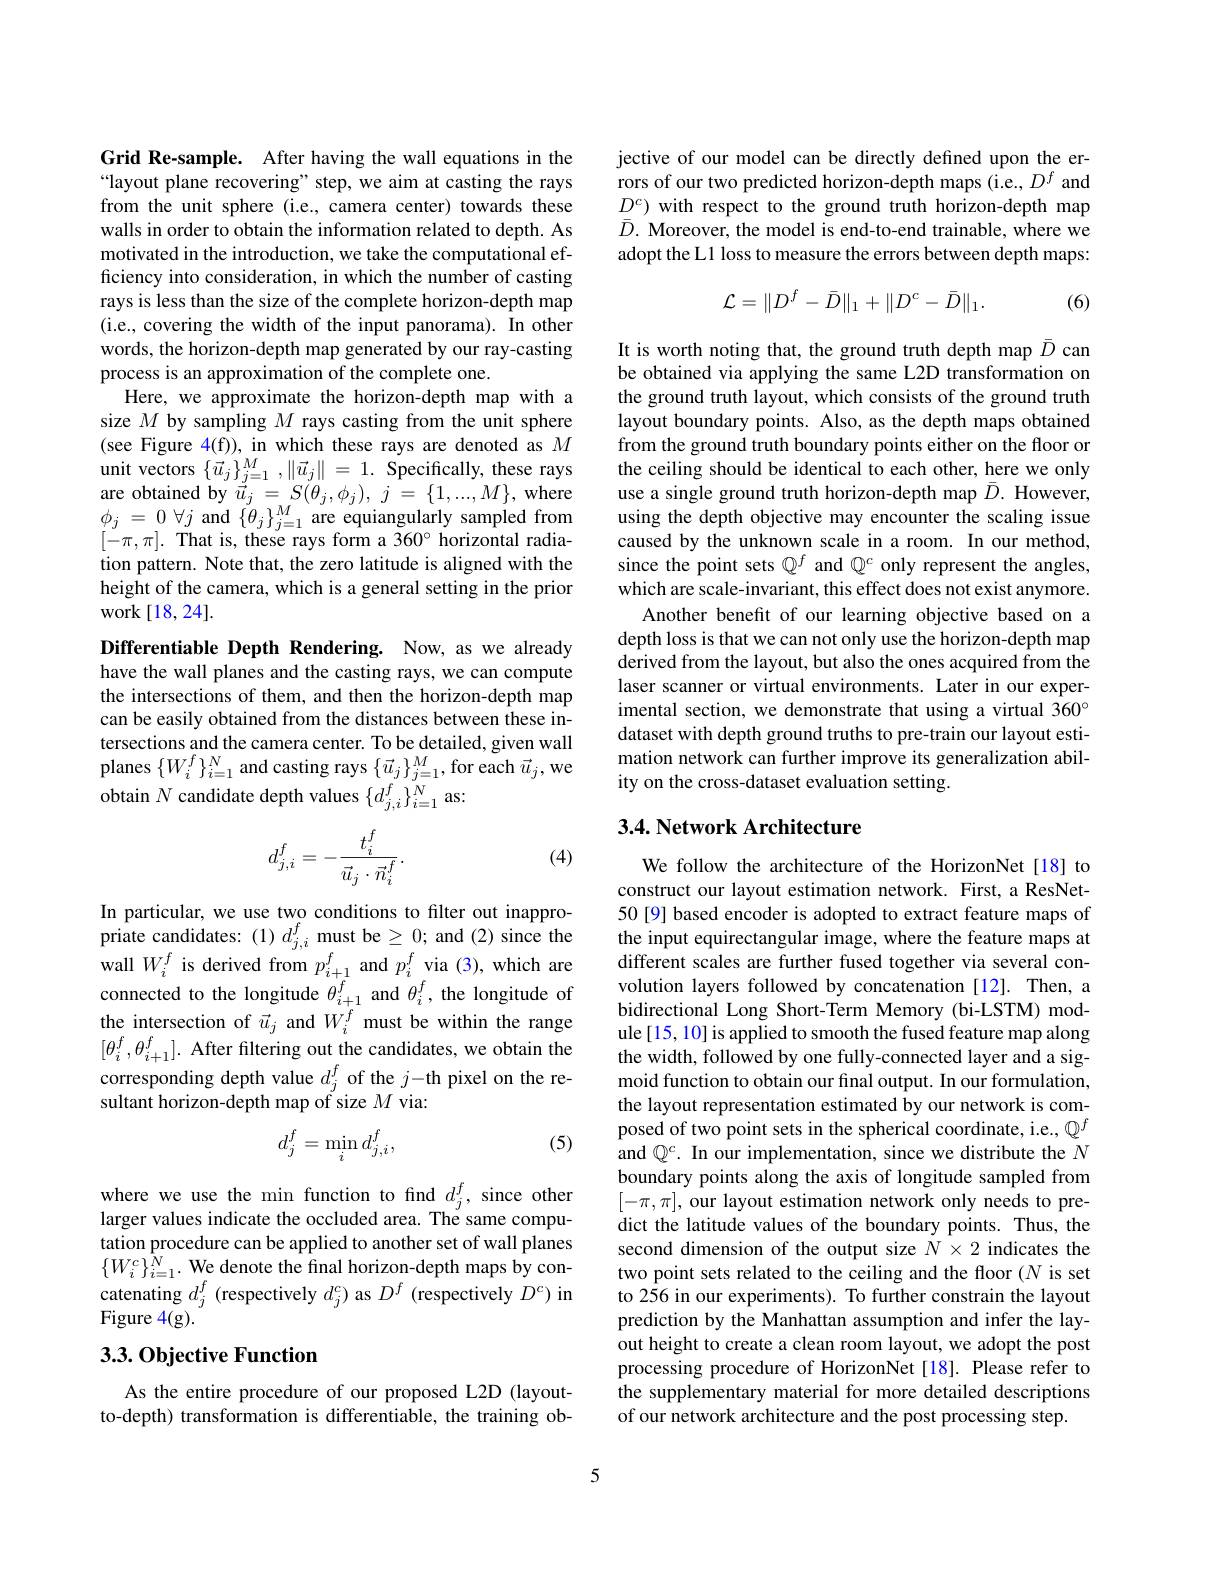
Grid Re-sample. After having the wall equations in the “layout plane recovering" step, we aim at casting the rays from the unit sphere (i.e., camera center) towards these walls in order to obtain the information related to depth. As motivated in the introduction, we take the computational efficiency into consideration, in which the number of casting rays is less than the size of the complete horizon-depth map (i.e., covering the width of the input panorama). In other words, the horizon-depth map generated by our ray-casting process is an approximation of the complete one.
Here, we approximate the horizon-depth map with a size $M$ by sampling $M$ rays casting from the unit sphere (see Figure 4(f)), in which these rays are denoted as $M$ unit vectors $\{\vec{u}_j\}_{j=1}^M,\|\vec{u}_j\|=1.$ Specifically, these rays are obtained by $\vec{u}_j=S(\theta_j,\phi_j),j=\{1,...,M\}$, where $\phi _{j}$ = 0 $\forall j$ and $\{ \theta _{j}\} _{j= 1}^{M}$are equiangularly sampled from $[-\pi,\pi].$ That is, these rays form a 360° horizontal radiation pattern. Note that, the zero latitude is aligned with the height of the camera, which is a general setting in the prior work$\left [ 18, 24\right ] .$

Differentiable Depth Rendering. Now, as we already have the wall planes and the casting rays, we can compute the intersections of them, and then the horizon-depth map can be easily obtained from the distances between these intersections and the camera center. To be detailed, given wall planes $\{W_i^f\}_{i=1}^N$ and casting rays $\{\vec{u}_j\}_j=1^M$, for each $\vec{u}_j$,we obtain $N$ candidate depth values $\{d_{j,i}^f\}_{i=1}^N$ as:

(4)
$$d_{j,i}^f=-\frac{t_i^f}{\vec{u}_j\cdot\vec{n}_i^f}.$$
In particular, we use two conditions to filter out inappropriate candidates: $(1)d_{j,i}^f$ must be $\geq0;$ and (2) since the wall $W_i^f$ is derived from $p_{i+1}^f$ and $p_i^f$ via (3), which are connected to the longitude $\theta_{i+1}^f$ and $\theta_i^f$, the longitude of the intersection of $\vec{u}_j$ and $W_i^f$ must be within the range $[\theta_{i}^{f},\theta_{i+1}^{f}].$ After filtering out the candidates, we obtain the corresponding depth value $d_j^f$ of the $j-$th pixel on the resultant horizon-depth map of size $M$ via:
$$d_j^f=\min_id_{j,i}^f,$$
(5)

where we use the min function to find $d_j^f$, since other larger values indicate the occluded area. The same computation procedure can be applied to another set of wall planes $\{W_{i}^{c}\}_{i=1}^{\hat{N}}.$ We denote the final horizon-depth maps by concatenating $d_j^f$ (respectively $d_j^c)$ as $D^f$ (respectively $D^c)$ in Figure 4(g).

## 3.3. Objective Function

As the entire procedure of our proposed L2D (layoutto-depth) transformation is differentiable, the training ob-

jective of our model can be directly defined upon the errors of our two predicted horizon-depth maps (i.e., $D^f$ and $\begin{array}{l}{D^{c})\text{ with respect to the ground truth horizon-depth map}}\\{\bar{D}.\text{ Moreover, the model is end-to-end trainable, where we}}\end{array}$ adopt the L1 loss to measure the errors between depth maps:
$$\mathcal{L}=\|D^{f}-\bar{D}\|_{1}+\|D^{c}-\bar{D}\|_{1}.$$
(6)

It is worth noting that, the ground truth depth map $\bar{D}$ can be obtained via applying the same L2D transformation on the ground truth layout, which consists of the ground truth layout boundary points. Also, as the depth maps obtained from the ground truth boundary points either on the floor or the ceiling should be identical to each other, here we only use a single ground truth horizon-depth map $\bar{D}.$ However, using the depth objective may encounter the scaling issue caused by the unknown scale in a room. In our method, since the point sets $\mathbb{Q}^f$ and $\mathbb{Q}^c$ only represent the angles, which are scale-invariant, this effect does not exist anymore.
Another benefit of our learning objective based on a depth loss is that we can not only use the horizon-depth map derived from the layout, but also the ones acquired from the laser scanner or virtual environments. Later in our experimental section, we demonstrate that using a virtual 360° dataset with depth ground truths to pre-train our layout estimation network can further improve its generalization ability on the cross-dataset evaluation setting.

## 3.4. Network Architecture

We follow the architecture of the HorizonNet[18] to construct our layout estimation network. First, a ResNet- 50[9] based encoder is adopted to extract feature maps of the input equirectangular image, where the feature maps at different scales are further fused together via several convolution layers followed by concatenation[12]. Then, a bidirectional Long Short-Term Memory (bi-LSTM) module[15, 10] is applied to smooth the fused feature map along the width, followed by one fully-connected layer and a sigmoid function to obtain our final output. In our formulation, the layout representation estimated by our network is composed of two point sets in the spherical coordinate, i.e., $\mathbb{Q}^f$ and $\mathbb{Q}^c.$ In our implementation, since we distribute the $N$ boundary points along the axis of longitude sampled from $[-\pi,\pi]$, our layout estimation network only needs to predict the latitude values of the boundary points. Thus, the second dimension of the output size $N\times2$ indicates the two point sets related to the ceiling and the floor (N is set to 256 in our experiments). To further constrain the layout prediction by the Manhattan assumption and infer the layout height to create a clean room layout, we adopt the post processing procedure of HorizonNet [18]. Please refer to the supplementary material for more detailed descriptions of our network architecture and the post processing step.

5